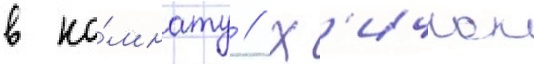
в ко́мнату // Х'ичкок